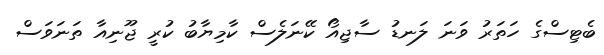
ބެޓިސްގެ ހަތަރު ވަނަ ލަނޑު ސާޖިއޯ ކޭނަލެސް ކާމިޔާބު ކުރީ ޖޫނިއާ ތަނަވަސް